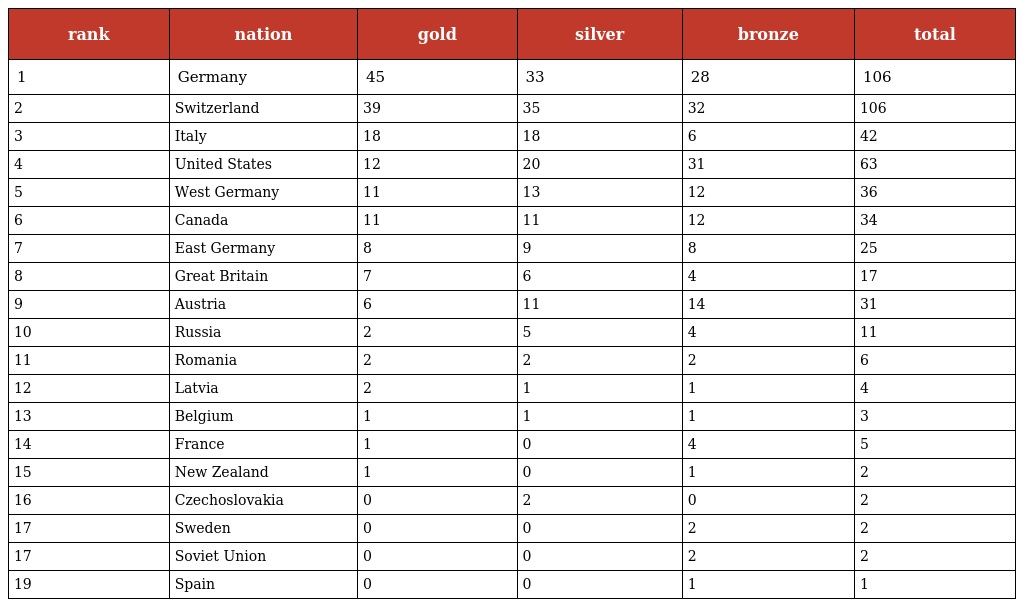
| rank | nation | gold | silver | bronze | total |
 | --- | --- | --- | --- | --- | --- |
 | 1 | Germany | 45 | 33 | 28 | 106 |
 | 2 | Switzerland | 39 | 35 | 32 | 106 |
 | 3 | Italy | 18 | 18 | 6 | 42 |
 | 4 | United States | 12 | 20 | 31 | 63 |
 | 5 | West Germany | 11 | 13 | 12 | 36 |
 | 6 | Canada | 11 | 11 | 12 | 34 |
 | 7 | East Germany | 8 | 9 | 8 | 25 |
 | 8 | Great Britain | 7 | 6 | 4 | 17 |
 | 9 | Austria | 6 | 11 | 14 | 31 |
 | 10 | Russia | 2 | 5 | 4 | 11 |
 | 11 | Romania | 2 | 2 | 2 | 6 |
 | 12 | Latvia | 2 | 1 | 1 | 4 |
 | 13 | Belgium | 1 | 1 | 1 | 3 |
 | 14 | France | 1 | 0 | 4 | 5 |
 | 15 | New Zealand | 1 | 0 | 1 | 2 |
 | 16 | Czechoslovakia | 0 | 2 | 0 | 2 |
 | 17 | Sweden | 0 | 0 | 2 | 2 |
 | 17 | Soviet Union | 0 | 0 | 2 | 2 |
 | 19 | Spain | 0 | 0 | 1 | 1 |